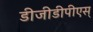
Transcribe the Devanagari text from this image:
डीजीडीपीएस्